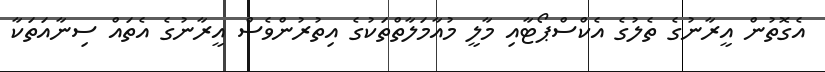
އެގޮތުން އީރާނުގެ ތެލުގެ އެކްސްޕޯޓާއި މާލީ މުއާމަލާތްތަކުގެ އިތުރުންވެސް އީރާނުގެ އެތައް ސިނާއަތަކާ